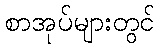
စာအုပ်များတွင်